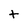
Character: t